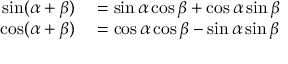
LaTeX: \begin{array} { r l } { \sin ( \alpha + \beta ) } & { { } = \sin \alpha \cos \beta + \cos \alpha \sin \beta } \\ { \cos ( \alpha + \beta ) } & { { } = \cos \alpha \cos \beta - \sin \alpha \sin \beta } \end{array}